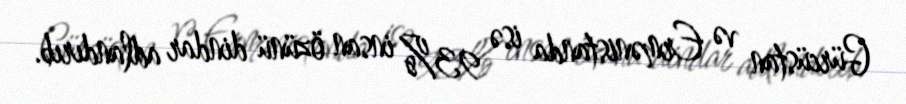
Gürcüstan və Ermənistanda isə 93% insan özünü dindar adlandırıb.